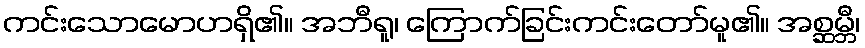
ကင်းသောမောဟရှိ၏။ အဘီရူ၊ ကြောက်ခြင်းကင်းတော်မူ၏။ အစ္ဆမ္ဘီ၊